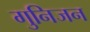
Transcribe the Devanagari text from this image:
गुनिजन